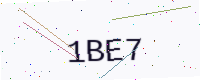
Text: 1BE7